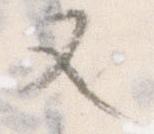
又